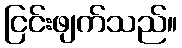
ငြင်းဖျက်သည်။